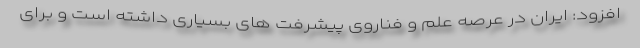
افزود: ایران در عرصه علم و فناروی پیشرفت های بسیاری داشته است و برای